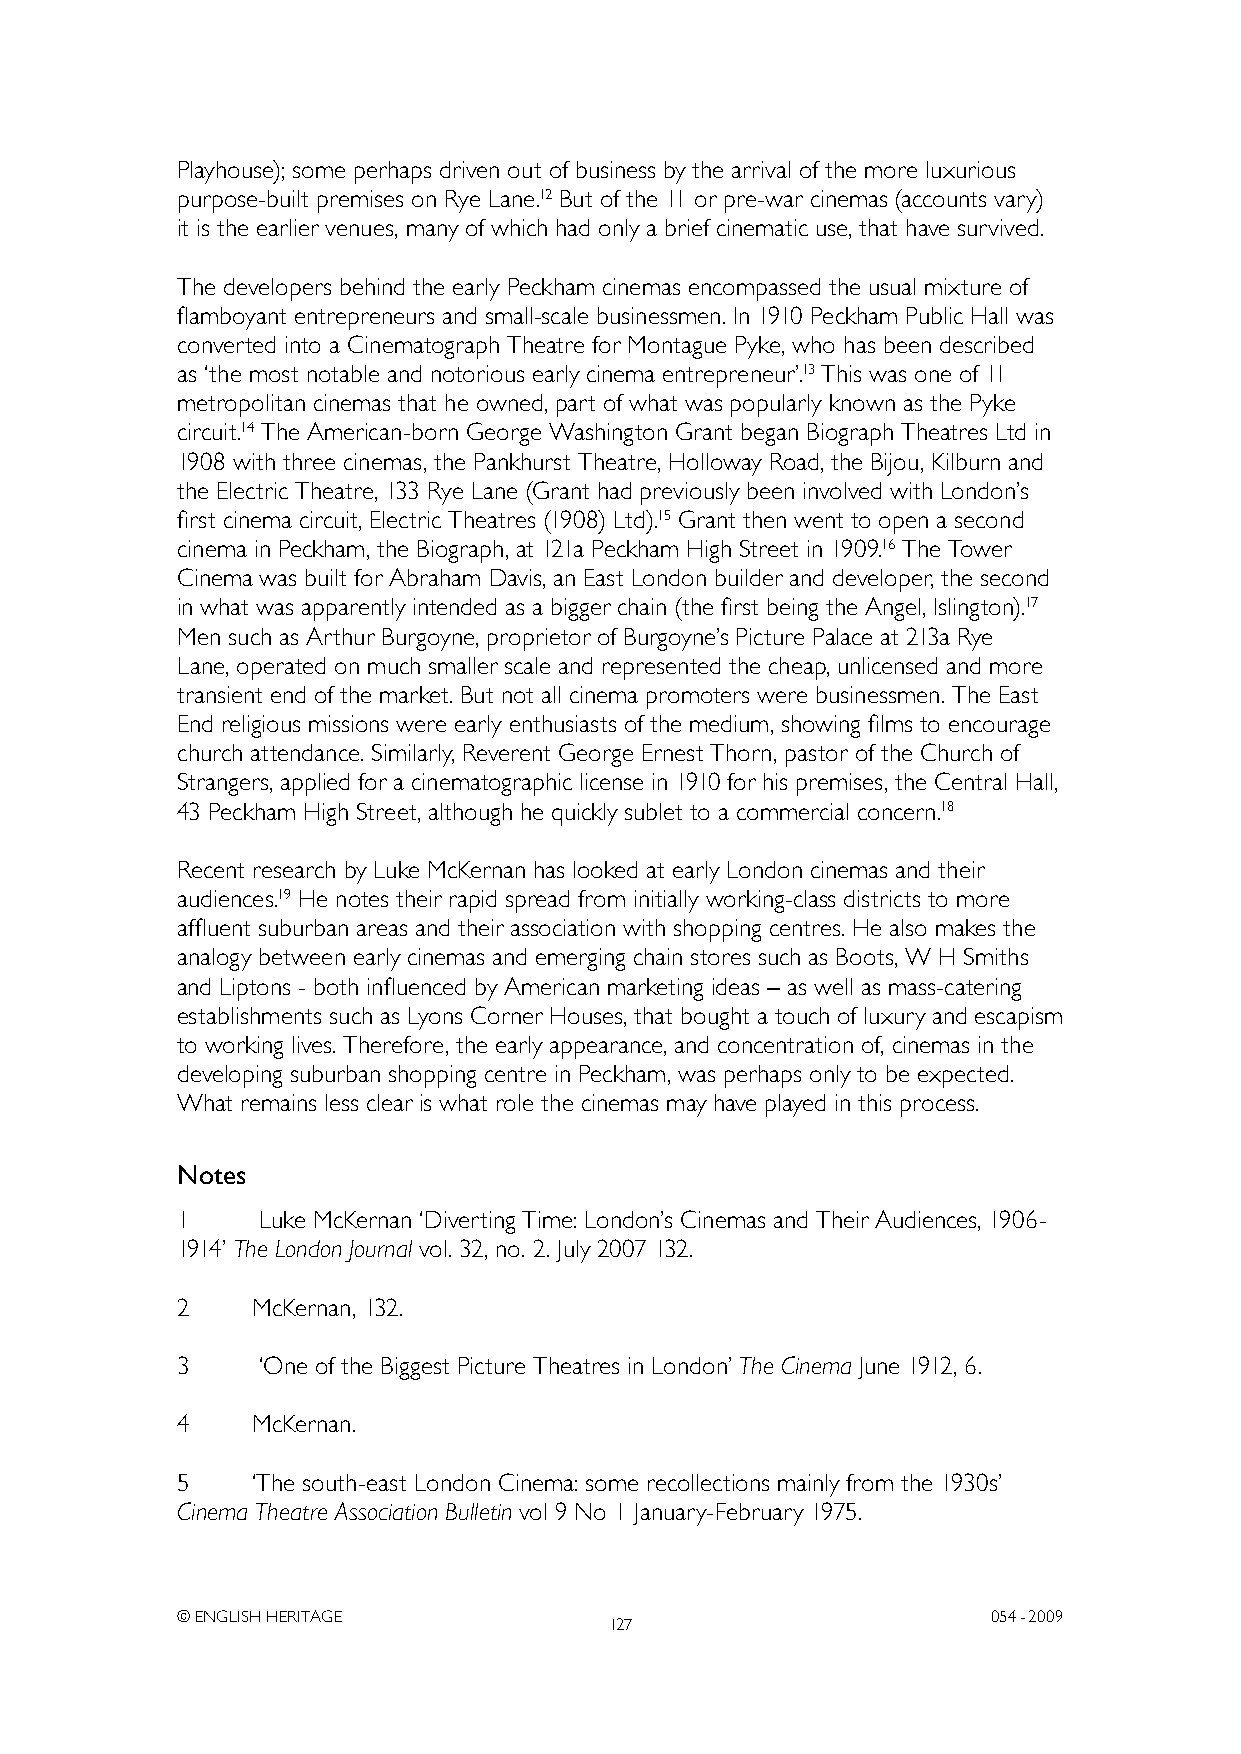
Playhouse); some perhaps driven out of business by the arrival of the more luxurious
 purpose-built premises on Rye Lane.12 But of the 11 or pre-war cinemas (accounts vary)
 it is the earlier venues, many of which had only a brief cinematic use, that have survived.
 The developers behind the early Peckham cinemas encompassed the usual mixture of
 flamboyant entrepreneurs and small-scale businessmen. In 1910 Peckham Public Hall was
 converted into a Cinematograph Theatre for Montague Pyke, who has been described
 as ‘the most notable and notorious early cinema entrepreneur’.13 This was one of 11
 metropolitan cinemas that he owned, part of what was popularly known as the Pyke
 circuit.14 The American-born George Washington Grant began Biograph Theatres Ltd in
 1908 with three cinemas, the Pankhurst Theatre, Holloway Road, the Bijou, Kilburn and
 the Electric Theatre, 133 Rye Lane (Grant had previously been involved with London’s
 first cinema circuit, Electric Theatres (1908) Ltd).15 Grant then went to open a second
 cinema in Peckham, the Biograph, at 121a Peckham High Street in 1909.16 The Tower
 Cinema was built for Abraham Davis, an East London builder and developer, the second
 in what was apparently intended as a bigger chain (the first being the Angel, Islington).17
 Men such as Arthur Burgoyne, proprietor of Burgoyne’s Picture Palace at 213a Rye
 Lane, operated on much smaller scale and represented the cheap, unlicensed and more
 transient end of the market. But not all cinema promoters were businessmen. The East
 End religious missions were early enthusiasts of the medium, showing films to encourage
 church attendance. Similarly, Reverent George Ernest Thorn, pastor of the Church of
 Strangers, applied for a cinematographic license in 1910 for his premises, the Central Hall,
 43 Peckham High Street, although he quickly sublet to a commercial concern.18
 Recent research by Luke McKernan has looked at early London cinemas and their
 audiences.19 He notes their rapid spread from initially working-class districts to more
 affluent suburban areas and their association with shopping centres. He also makes the
 analogy between early cinemas and emerging chain stores such as Boots, W H Smiths
 and Liptons - both influenced by American marketing ideas – as well as mass-catering
 establishments such as Lyons Corner Houses, that bought a touch of luxury and escapism
 to working lives. Therefore, the early appearance, and concentration of, cinemas in the
 developing suburban shopping centre in Peckham, was perhaps only to be expected.
 What remains less clear is what role the cinemas may have played in this process.
 Notes
 1    Luke McKernan ‘Diverting Time: London’s Cinemas and Their Audiences, 1906-
 1914’ The London Journal vol. 32, no. 2. July 2007 132.
 2    McKernan, 132.
 3    ‘One of the Biggest Picture Theatres in London’ The Cinema June 1912, 6.
 4    McKernan.
 5    ‘The south-east London Cinema: some recollections mainly from the 1930s’
 Cinema Theatre Association Bulletin vol 9 No 1 January-February 1975.
 © ENGLISH HERITAGE                                    054- 2009
 127